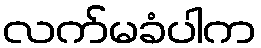
လက်မခံပါက